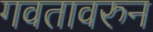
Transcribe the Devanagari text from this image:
गवतावरुन